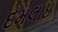
દમલાઇ